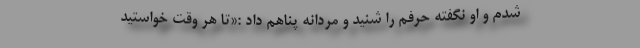
شدم و او نگفته حرفم را شنید و مردانه پناهم داد :«تا هر وقت خواستید